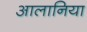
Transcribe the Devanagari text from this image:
आलानिया